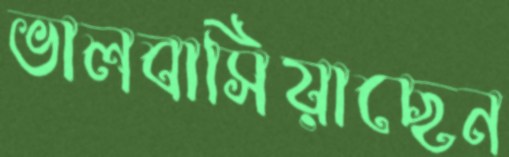
ভালবাসিয়াছেন